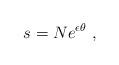
LaTeX: \begin{align*}s = N e^{\epsilon \theta} ~,\end{align*}